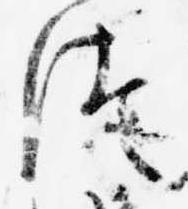
つ